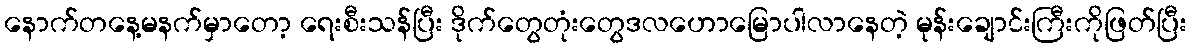
နောက်တနေ့မနက်မှာတော့ ရေးစီးသန်ပြီး ဒိုက်တွေတုံးတွေဒလဟောမြောပါလာနေတဲ့ မုန်းချောင်းကြီးကိုဖြတ်ပြီး